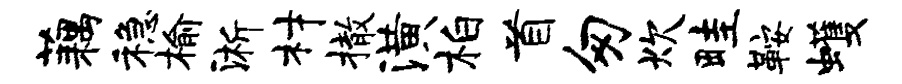
藕稳榆淅材撤潢柏首匆炊畦鞍蠖